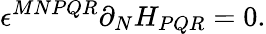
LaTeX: \epsilon^{MNPQR}\partial_{N}H_{PQR}=0.